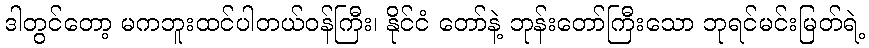
ဒါတွင်တော့ မကဘူးထင်ပါတယ်ဝန်ကြီး၊ နိုင်ငံ တော်နဲ့ ဘုန်းတော်ကြီးသော ဘုရင်မင်းမြတ်ရဲ့